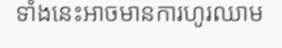
ទាំងនេះអាចមានការហូរឈាម